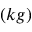
\left( k g \right)